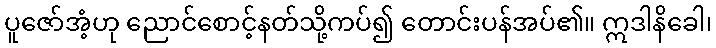
ပူဇော်အံ့ဟု ညောင်စောင့်နတ်သို့ကပ်၍ တောင်းပန်အပ်၏။ ဣဒါနိခေါ၊